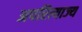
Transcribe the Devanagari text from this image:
अपरित्याज्य